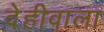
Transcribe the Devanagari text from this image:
देहीवाला